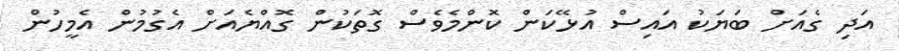
އަދި ގެއަށް ބަޔަކު އައިސް އުޅޭކަން ކޮންމެވެސް ގޮތަކުން ގޮއްޔެއަށް އެގުމުން އެމީހުން